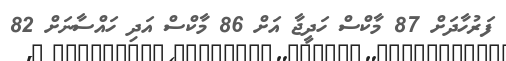
ފަރުހާދަށް 87 މާކްސް ހަދީޖާ އަށް 86 މާކްސް އަދި ހައްސާނަށް 82